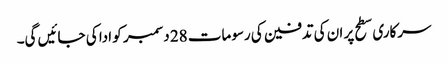
سرکاری سطح پر ان کی تدفین کی رسومات 28 دسمبر کو ادا کی جائیں گی۔